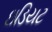
ઇડિયટ